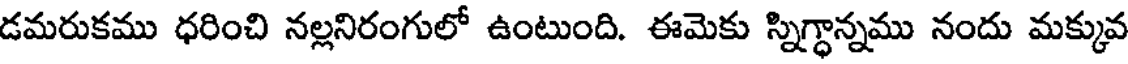
డమరుకము ధరించి నల్లనిరంగులో ఉంటుంది. ఈమెకు స్నిగ్ధాన్నము నందు మక్కువ